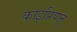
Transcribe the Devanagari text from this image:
काइप्रियानू